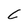
Character: C